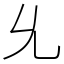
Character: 𠃔